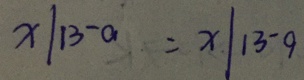
x \vert 1 3 - a = x \vert 1 3 - 9